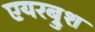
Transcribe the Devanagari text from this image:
एयरब्रुश